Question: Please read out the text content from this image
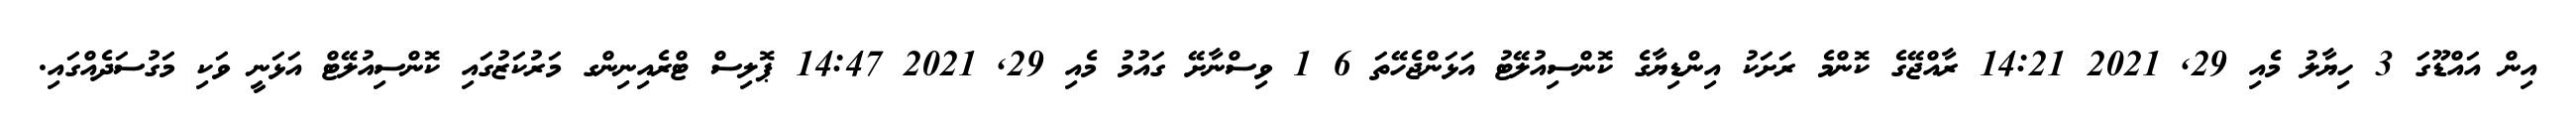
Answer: އިން އައްޑޫގަ 3 ހިޔާލު މެއި 29, 2021 14:21 ރާއްޖޭގެ ކޮންމެ ރަށަކު އިންޑިޔާގެ ކޮންސިއުލޭޓު އަޅަންޖެހޭތަ 6 1 ވިސްނާށޭ ގައުމު މެއި 29, 2021 14:47 ޕޮލިސް ޓްރެއިނިންގ މަރުކަޒުގައި ކޮންސިއުލޭޓް އަޅަނީ ވަކި މަގުސަދެއްގައި.